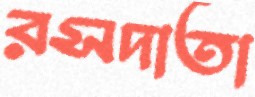
রসদাতা